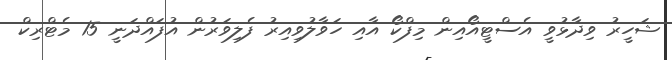
ޝަހީރު ވިދާޅުވީ އެސްޓީއޯއިން މިފްކޯ އާއި ހަވާލުވިއިރު ފެލިވަރުން އުފައްދަނީ 15 މެޓްރިކް